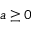
a \geq 0